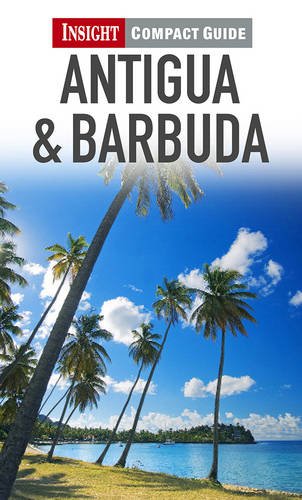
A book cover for Antigua & Barbuda. (Insight Compact Guides); Pam Barrett; Travel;